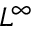
L ^ { \infty }